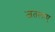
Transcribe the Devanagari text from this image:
जतलाए